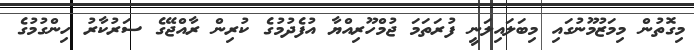
މިގޮތުން މިމަޒުމޫނުގައި މިބަލައިލަނީ ފުރަތަމަ ޖުމްހޫރިއްޔާ އުފެދުމުގެ ކުރިން ރާއްޖޭގެ ސަރުކާރު ހިންގުމުގެ